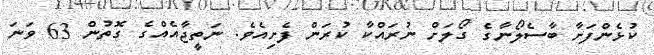
ކުޅެންފަށާ ބާސެލޯނާގެ ގޯލަށް ނުރައްކާ ކުރަން ފެށިއެވެ. ނަތީޖާއެއްގެ ގޮތުން 63 ވަނަ